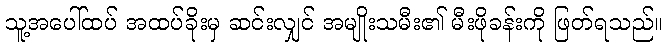
သူ့အပေါ်ထပ် အထပ်ခိုးမှ ဆင်းလျှင် အမျိုးသမီး၏ မီးဖိုခန်းကို ဖြတ်ရသည်။